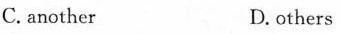
C.another D.others